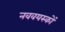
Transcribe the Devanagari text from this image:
नववयस्कों